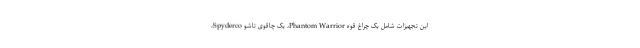
این تجهیزات شامل یک چراغ قوه Phantom Warrior، یک چاقوی تاشو Spyderco،